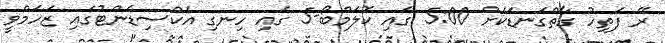
ރޭ ފަތިހު ގާތްގަނޑަކަށް 5:00 ގައި ކޮލަމްބޯ-5 ގައި ހިނގި އެކްސިޑެންޓުގައި ޒަހަމްވީ